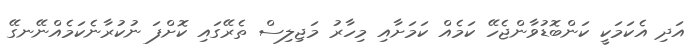
އަދި އެކަމަކީ ކަންބޮޑުވާންޖެހޭ ކަމެއް ކަމަށާއި މިހާރު މަޖިލިސް ތެރޭގައި ކޮށްފަ ނުކުރާނެކަމެއްނޭނގޭ